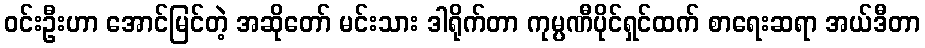
ဝင်းဦးဟာ အောင်မြင်တဲ့ အဆိုတော် မင်းသား ဒါရိုက်တာ ကုမ္ပဏီပိုင်ရှင်ထက် စာရေးဆရာ အယ်ဒီတာ